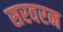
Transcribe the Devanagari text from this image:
सरवरन